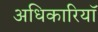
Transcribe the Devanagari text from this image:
अधिकारियॉ